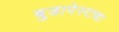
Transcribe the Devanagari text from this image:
बुडापेस्टचा